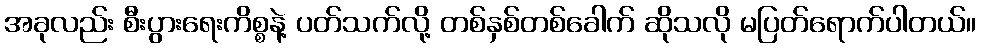
အခုလည်း စီးပွားရေးကိစ္စနဲ့ ပတ်သက်လို့ တစ်နှစ်တစ်ခေါက် ဆိုသလို မပြတ်ရောက်ပါတယ်။